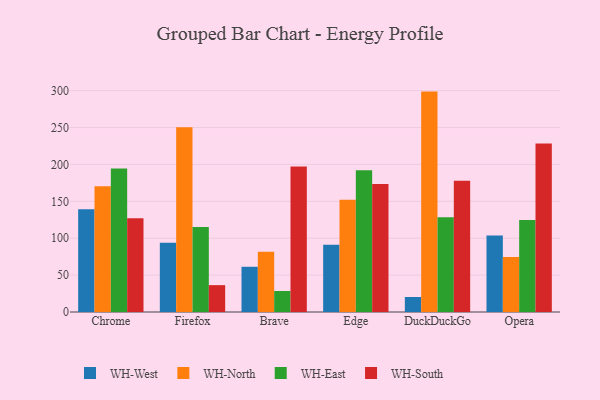
{"axis": {"x": "Browser", "y": "Tickets Resolved"}, "legend": ["WH-East", "WH-North", "WH-South", "WH-West"], "data": [{"x": "Chrome", "y": 139.4, "type": "WH-West"}, {"x": "Chrome", "y": 170.4, "type": "WH-North"}, {"x": "Chrome", "y": 194.5, "type": "WH-East"}, {"x": "Chrome", "y": 127.2, "type": "WH-South"}, {"x": "Firefox", "y": 93.7, "type": "WH-West"}, {"x": "Firefox", "y": 250.3, "type": "WH-North"}, {"x": "Firefox", "y": 115.3, "type": "WH-East"}, {"x": "Firefox", "y": 36.4, "type": "WH-South"}, {"x": "Brave", "y": 61.3, "type": "WH-West"}, {"x": "Brave", "y": 81.7, "type": "WH-North"}, {"x": "Brave", "y": 28.5, "type": "WH-East"}, {"x": "Brave", "y": 197.2, "type": "WH-South"}, {"x": "Edge", "y": 91.1, "type": "WH-West"}, {"x": "Edge", "y": 152.1, "type": "WH-North"}, {"x": "Edge", "y": 192.1, "type": "WH-East"}, {"x": "Edge", "y": 173.4, "type": "WH-South"}, {"x": "DuckDuckGo", "y": 20.3, "type": "WH-West"}, {"x": "DuckDuckGo", "y": 298.7, "type": "WH-North"}, {"x": "DuckDuckGo", "y": 128.5, "type": "WH-East"}, {"x": "DuckDuckGo", "y": 178.0, "type": "WH-South"}, {"x": "Opera", "y": 103.6, "type": "WH-West"}, {"x": "Opera", "y": 74.5, "type": "WH-North"}, {"x": "Opera", "y": 124.7, "type": "WH-East"}, {"x": "Opera", "y": 228.3, "type": "WH-South"}]}